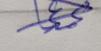
Signature authenticity: genuine